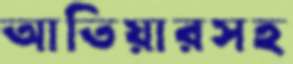
আতিয়ারসহ